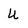
Character: U